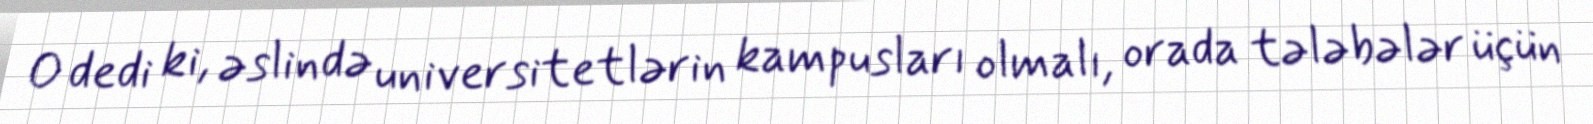
O dedi ki, əslində universitetlərin kampusları olmalı, orada tələbələr üçün